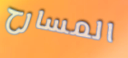
المسارح